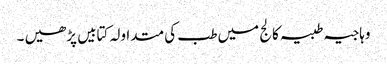
وہاجیہ طبیہ کالج میں طب کی متداولہ کتابیں پڑھیں ۔